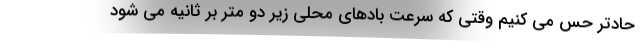
حادتر حس می کنیم وقتی که سرعت بادهای محلی زیر دو متر بر ثانیه می شود